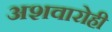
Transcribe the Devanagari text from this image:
अशवारोही